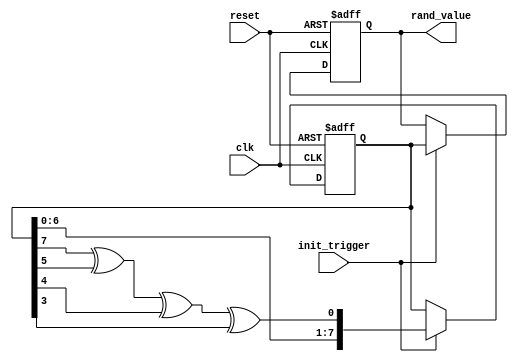
module random_initialization #(
    parameter WIDTH = 8,          // Width of the random value output
    parameter SEED = 8'hA5        // Default seed value for initialization
)(
    input wire clk,               // Clock signal
    input wire reset,             // Reset signal
    input wire init_trigger,      // Control signal to trigger random value generation
    output reg [WIDTH-1:0] rand_value // Output for the generated random value
);

    // Internal state variable for the pseudo-random number generator
    reg [WIDTH-1:0] lfsr;         // LFSR state

    // LFSR polynomial for WIDTH = 8 (x^8 + x^6 + x^5 + x^4 + 1)
    wire lfsr_feedback = lfsr[7] ^ lfsr[5] ^ lfsr[4] ^ lfsr[3];

    // Initialization process
    always @(posedge clk or posedge reset) begin
        if (reset) begin
            lfsr <= SEED;           // Reset LFSR to the seed value
            rand_value <= 0;        // Reset random value output
        end else if (init_trigger) begin
            lfsr <= {lfsr[WIDTH-2:0], lfsr_feedback}; // Shift and feedback
            rand_value <= lfsr;     // Output the current LFSR value
        end
    end

endmodule